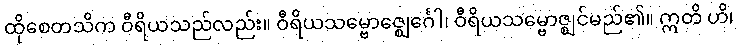
ထိုစေတသိက ဝီရိယသည်လည်း။ ဝီရိယသမ္ဗောဇ္ဈေင်္ဂေါ၊ ဝီရိယသမ္ဗောဇ္ဈင်မည်၏။ ဣတိ ဟိ၊